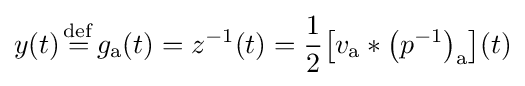
y(t){\stackrel {\mathrm {def} }{{}={}}}g_{\mathrm {a} }(t)=z^{-1}(t)={\frac {1}{2}}\!\left[v_{\mathrm {a} }*\left(p^{-1}\right)_{\mathrm {a} }\right]\!(t)